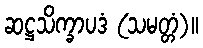
ဆဋ္ဌသိက္ခာပဒံ (သမတ္တံ)။